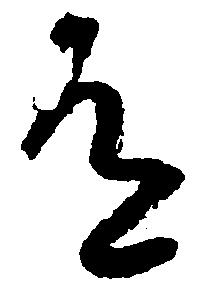
道